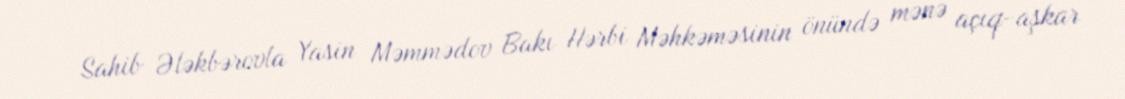
Sahib Ələkbərovla Yasin Məmmədov Bakı Hərbi Məhkəməsinin önündə mənə açıq-aşkar